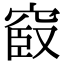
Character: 𥦞